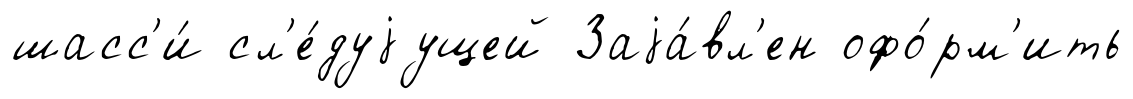
шасс'и́ сл'е́дуjущей Заjа́вл'ен офо́рм'ить